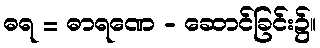
ဓရ = ဓာရဏေ - ဆောင်ခြင်း၌။